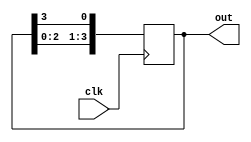
module RingCounter (
  input wire clk,
  output reg [3:0] out
);

reg [3:0] current_state;

always @(posedge clk) begin
  current_state <= {current_state[2:0], current_state[3]};
end

assign out = current_state;

endmodule